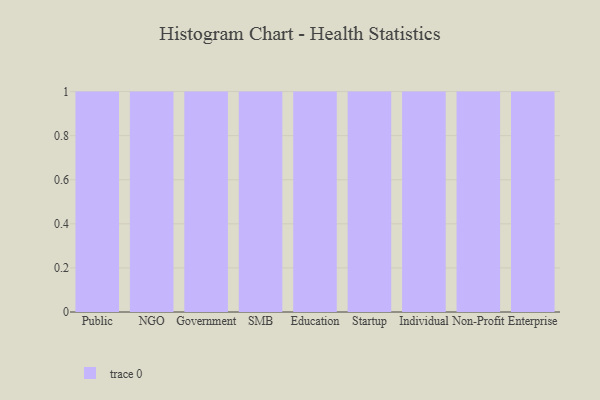
{"axis": {"x": "Segment", "y": "Headcount"}, "legend": [""], "data": [{"x": "Public", "y": 5, "type": ""}, {"x": "NGO", "y": 49, "type": ""}, {"x": "Government", "y": 4, "type": ""}, {"x": "SMB", "y": 48, "type": ""}, {"x": "Education", "y": 67, "type": ""}, {"x": "Startup", "y": 9, "type": ""}, {"x": "Individual", "y": 14, "type": ""}, {"x": "Non-Profit", "y": 55, "type": ""}, {"x": "Enterprise", "y": 55, "type": ""}]}